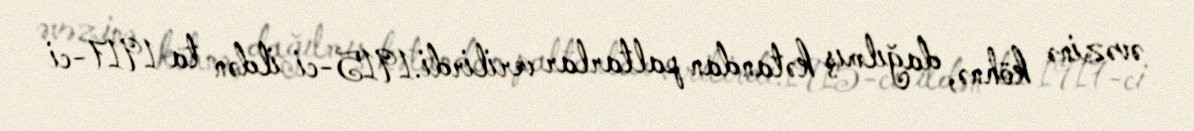
əvəzinə köhnə, dağılmış kətandan paltarlar verilirdi.1915-ci ildən ta 1917-ci